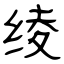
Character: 绫